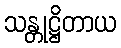
သန္တုဋ္ဌိတာယ